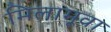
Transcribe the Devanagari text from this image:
मिलामूवा